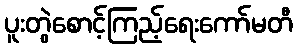
ပူးတွဲစောင့်ကြည့်ရေးကော်မတီ